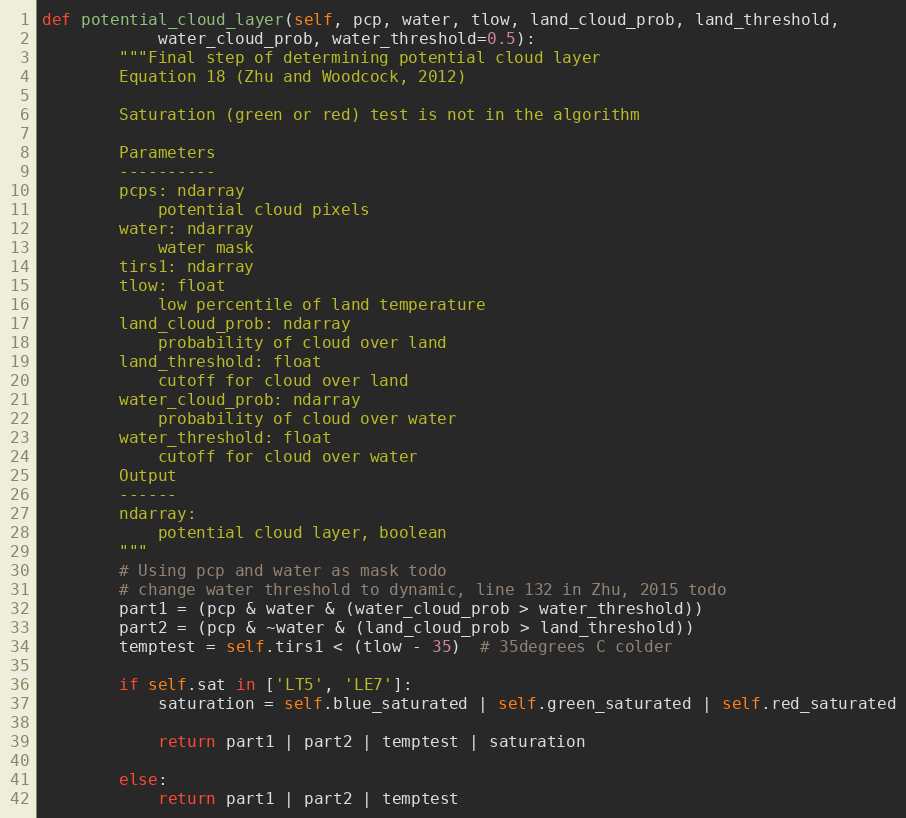
Language: Python
def potential_cloud_layer(self, pcp, water, tlow, land_cloud_prob, land_threshold,
            water_cloud_prob, water_threshold=0.5):
        """Final step of determining potential cloud layer
        Equation 18 (Zhu and Woodcock, 2012)

        Saturation (green or red) test is not in the algorithm

        Parameters
        ----------
        pcps: ndarray
            potential cloud pixels
        water: ndarray
            water mask
        tirs1: ndarray
        tlow: float
            low percentile of land temperature
        land_cloud_prob: ndarray
            probability of cloud over land
        land_threshold: float
            cutoff for cloud over land
        water_cloud_prob: ndarray
            probability of cloud over water
        water_threshold: float
            cutoff for cloud over water
        Output
        ------
        ndarray:
            potential cloud layer, boolean
        """
        # Using pcp and water as mask todo
        # change water threshold to dynamic, line 132 in Zhu, 2015 todo
        part1 = (pcp & water & (water_cloud_prob > water_threshold))
        part2 = (pcp & ~water & (land_cloud_prob > land_threshold))
        temptest = self.tirs1 < (tlow - 35)  # 35degrees C colder

        if self.sat in ['LT5', 'LE7']:
            saturation = self.blue_saturated | self.green_saturated | self.red_saturated

            return part1 | part2 | temptest | saturation

        else:
            return part1 | part2 | temptest